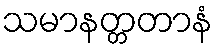
သမာနတ္တတာနံ